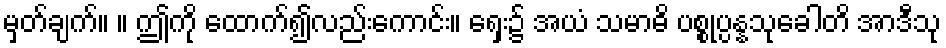
မှတ်ချက်။ ။ ဤကို ထောက်၍လည်းကောင်း။ ရှေး၌ အယံ သမာဓိ ပစ္စုပ္ပန္နသုခေါတိ အာဒီသု